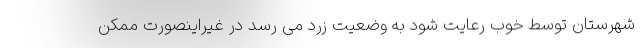
شهرستان توسط خوب رعایت شود به وضعیت زرد می رسد در غیراینصورت ممکن